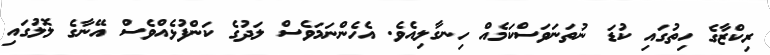
ރިކްޒާގެ ހިތުގައި ކުޑަ ނުތަނަވަސްކަމެއް ހިނގާލިއެވެ. އެހެންނަމަވެސް ލަދުގެ ކަންފުޅެއްވެސް އޭނާގެ ލޮލުގައި